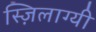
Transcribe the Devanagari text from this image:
स्ज़िलाग्यी